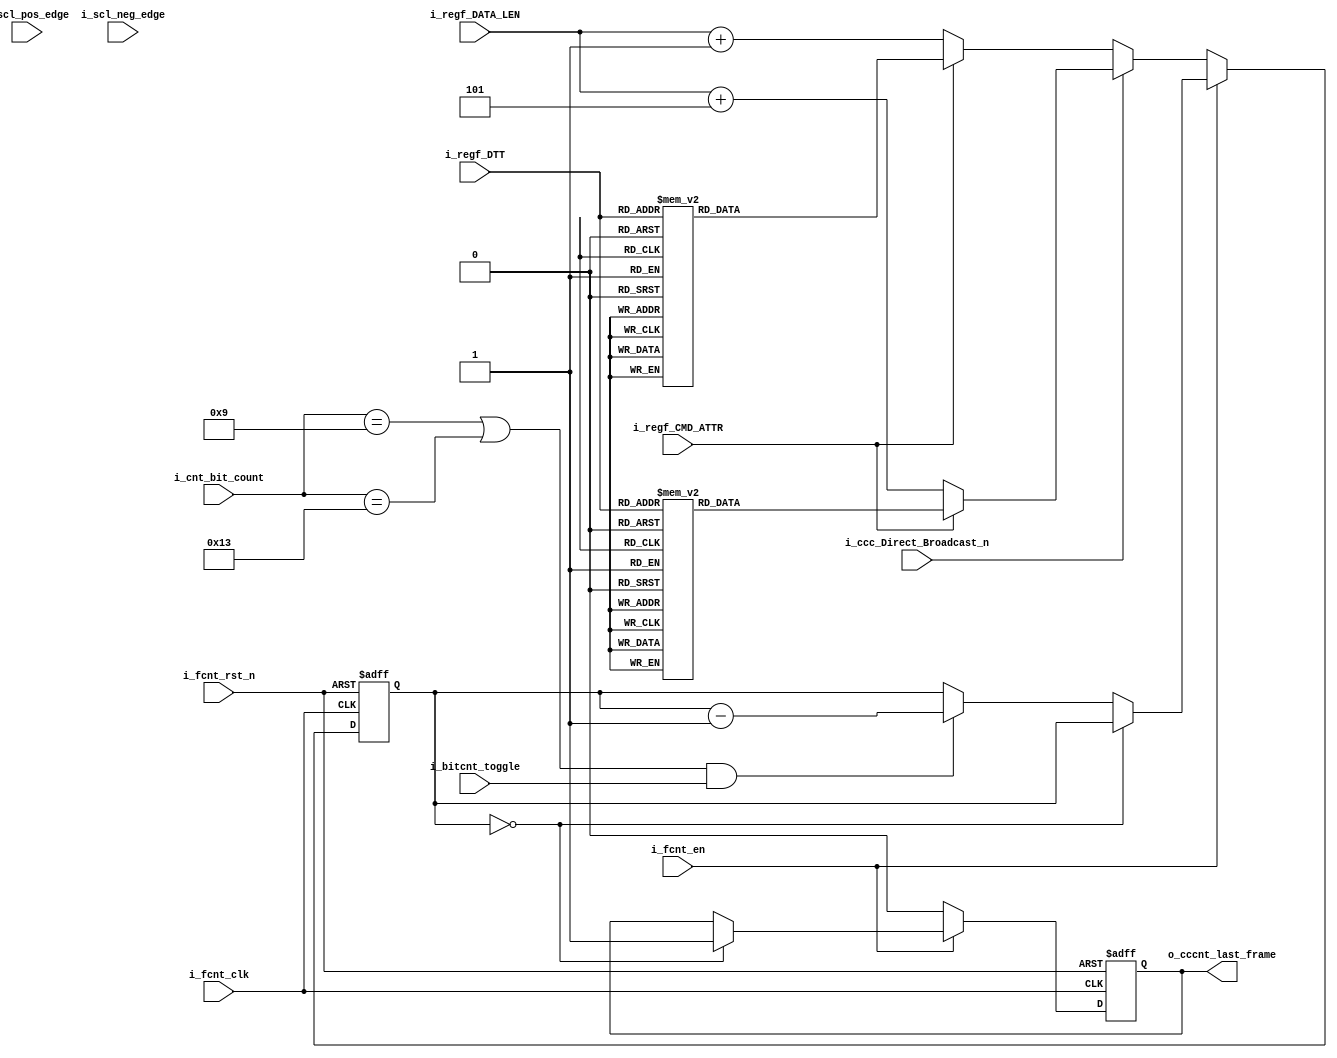



module frame_counter(
    //input  wire  [7:0] i_fcnt_no_frms     ,
    input  wire        i_fcnt_clk         ,
    input  wire        i_fcnt_rst_n       ,
    input  wire        i_fcnt_en          ,
    input  wire        i_regf_CMD_ATTR    ,     // HDR 1 bit only selects bit [0] (1 for immediate and 0 for regular)
    input  wire [15:0] i_regf_DATA_LEN    ,     // HDR 
    input  wire [2:0]  i_regf_DTT         ,     // HDR
    input  wire [5:0]  i_cnt_bit_count    ,     // HDR
    input  wire        i_ccc_Direct_Broadcast_n ,     // HDR  1 for direct and 0 for Broadcast
    input  wire        i_scl_pos_edge     ,
    input  wire        i_scl_neg_edge     ,
    input  wire        i_bitcnt_toggle    ,
    //output reg         o_fcnt_last_frame  ,     
    output reg         o_cccnt_last_frame       // HDR
    );
	
reg [15:0] count = 16'd0 ;
//wire       count_done   ;

    always @(posedge i_fcnt_clk or negedge i_fcnt_rst_n) begin 
        if (!i_fcnt_rst_n) begin 
            o_cccnt_last_frame = 1'b0 ;
            count              = 16'd0 ;
        end 
        else begin 
            if(i_fcnt_en) begin 
                if (count == 16'd0) begin 
                    o_cccnt_last_frame = 1'b1 ;
                    // stay here for 20 bits
                end 
                else begin 
                    if ((i_cnt_bit_count == 'd9 || i_cnt_bit_count == 'd19 ) && i_bitcnt_toggle) begin 
                        count = count - 1 ;
                    end 
                end 
            end 
            else begin                                      // Disabled to load the count value
                o_cccnt_last_frame = 1'b0 ;
                if (i_ccc_Direct_Broadcast_n) begin               // Direct
                    if (!i_regf_CMD_ATTR) begin             // regular 
                        count = i_regf_DATA_LEN + 5 ;       // 8 + 8 + CRC word + RESTART + 8 
                    end 
                    else begin                              // immediate 
                        case (i_regf_DTT) 
                            3'd0 : count = 1 ;
                            3'd1 : count = 6 ;
                            3'd2 : count = 7 ;
                            3'd3 : count = 8 ;
                            3'd4 : count = 9 ;

                            3'd5 : count = 1 ;
                            3'd6 : count = 6 ;
                            3'd7 : count = 7 ;
                        endcase 
                    end 
                end 

                else begin                                  // Broadcast
                    if (!i_regf_CMD_ATTR) begin             // regular 
                        count = i_regf_DATA_LEN + 1 ; 
                    end 
                    else begin                              // immediate 
                        case (i_regf_DTT) 
                            3'd0 : count = 1 ;
                            3'd1 : count = 2 ;
                            3'd2 : count = 3 ;
                            3'd3 : count = 4 ;
                            3'd4 : count = 5 ;

                            3'd5 : count = 1 ;
                            3'd6 : count = 2 ;
                            3'd7 : count = 3 ;
                        endcase
                    end 
                end
            end 
        end 
    end 

endmodule